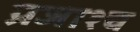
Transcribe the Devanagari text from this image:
प्रजाश्‍च